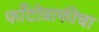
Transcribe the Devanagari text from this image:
फाँटोग्राफीचा